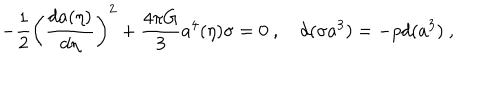
- { \frac { 1 } { 2 } } \left( { \frac { d a ( \eta ) } { d \eta } } \right) ^ { 2 } + { \frac { 4 \pi G } { 3 } } a ^ { 4 } ( \eta ) \sigma = 0 \ , \quad d ( \sigma a ^ { 3 } ) = - p d ( a ^ { 3 } ) \ ,